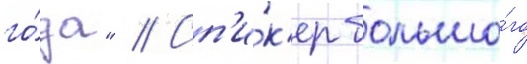
го́да" // Сп'и́к'ер большо́го